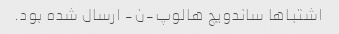
اشتباها ساندویچ هالوپ-ن- ارسال شده بود.